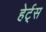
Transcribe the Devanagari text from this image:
हेर्ट्‌स